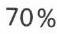
70 %